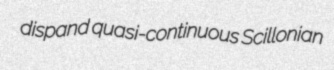
dispand quasi-continuous Scillonian